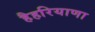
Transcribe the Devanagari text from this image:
हैहरियाणा